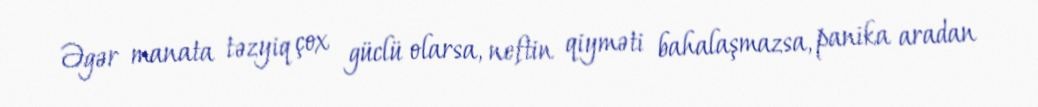
Əgər manata təzyiq çox güclü olarsa, neftin qiyməti bahalaşmazsa, panika aradan